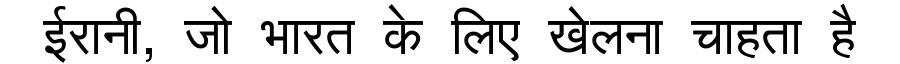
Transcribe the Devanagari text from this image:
ईरानी, जो भारत के लिए खेलना चाहता है